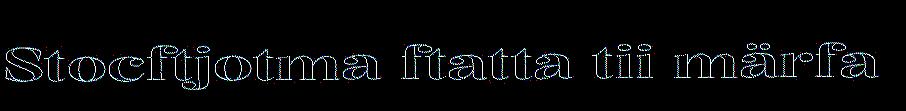
Stocftjotma ftatta tii märfa